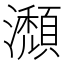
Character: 瀩